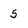
Character: 5